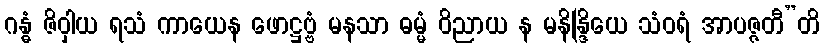
ဂန္ဓံ ဇိဝှါယ ရသံ ကာယေန ဖောဋ္ဌဗ္ဗံ မနသာ ဓမ္မံ ဝိညာယ န မနိန္ဒြိယေ သံဝရံ အာပဇ္ဇတီ”တိ